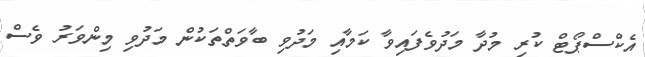
އެކްސްޕޯޓް ކުރި މުދާ މަދުވެފައިވާ ކަމާއި މަދުވި ބާވަތްތަކުން މަަދުވި މިންވަރު ވެސް